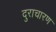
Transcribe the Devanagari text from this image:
दुराचारण